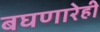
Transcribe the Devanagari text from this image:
बघणारेही